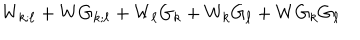
W _ { k ; \ell } + W G _ { k ; \ell } + W _ { \ell } G _ { k } + W _ { k } G _ { \ell } + W G _ { k } G _ { \ell }